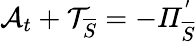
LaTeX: \mathcal{A}_{t}+\mathcal{T}_{\overline{{S}}}=-\mathit{\Pi}_{\overline{{S}}}^{'}